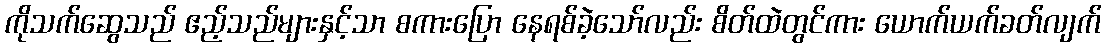
ကိုသက်ဆွေသည် ဧည့်သည်များနှင့်သာ စကားပြော နေရစ်ခဲ့သော်လည်း စိတ်ထဲတွင်ကား ယောက်ယက်ခတ်လျက်